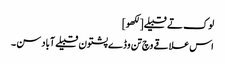
لوک تے قبیلے[لکھو]
اس علاقے وچ تن وڈے پشتون قبیلے آباد سن ۔